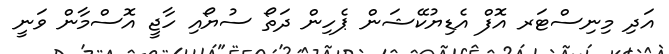
އަދި މިނިސްޓަރ އޮފް އެޑިޔުކޭޝަން ޕެހިން ދަތޯ ސުޔޯއި ހާޖީ އޮސްމާން ވަނީ